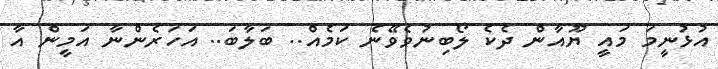
އުޅުނީމަ މައީ ޔޫއާން ދެކެ ލޯބިނުވެވޭނެ ކަމެއް.. ބަލާބަ.. އަހަރެންނާ އަމީން އާ